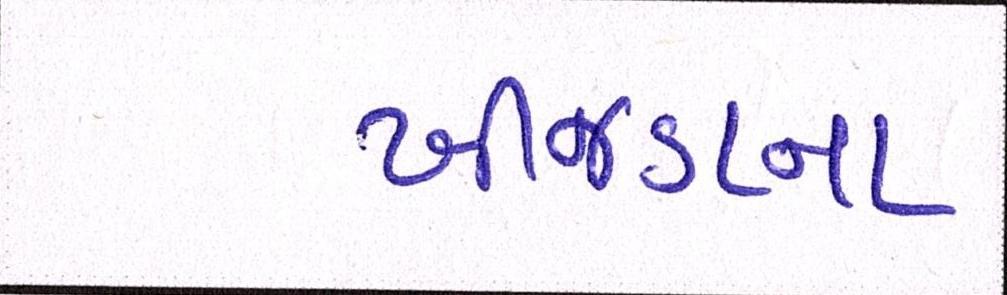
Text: ખીજડાના